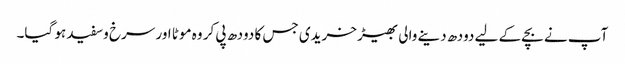
آپ نے بچے کے لیے دودھ دینے والی بھیڑ خریدی جس کا دودھ پی کر وہ موٹا اور سرخ وسفید ہو گیا۔